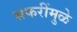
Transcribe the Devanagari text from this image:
सफरींमुळे